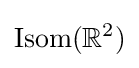
\operatorname {Isom} (\mathbb {R} ^{2})